画像に写った文字を読んでください
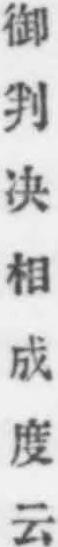
「御判决相成度云」と書いてあります